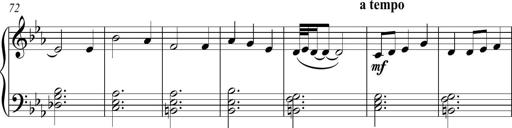
Title: Piano Sonatina in C
Composer: Daniel LÃ©o Simpson
Key: C major